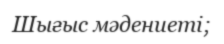
Шығыс мәдениеті;